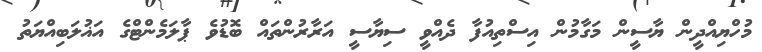
މުހްޔިއްދީން ޔާސީން މަގާމުން އިސްތިއުފާ ދެއްވީ ސިޔާސީ އަރާރުންތައް ބޮޑުވެ ޕާލަމެންޓްގެ އަޣުލަބިއްޔަތު